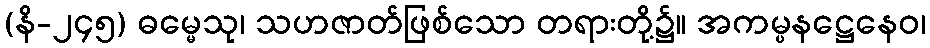
(နိ-၂၄၅) ဓမ္မေသု၊ သဟဇာတ်ဖြစ်သော တရားတို့၌။ အကမ္ပနဋ္ဌေနေဝ၊